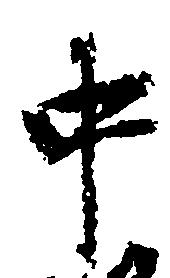
中